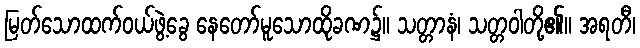
မြတ်သောထက်ဝယ်ဖွဲ့ခွေ နေတော်မူသောထိုခဏ၌။ သတ္တာနံ၊ သတ္တဝါတို့၏။ အရတီ၊